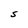
Character: s